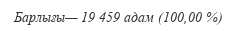
Барлығы— 19 459 адам (100,00 %)